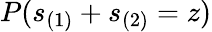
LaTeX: P(s_{(1)}+s_{(2)}=z)